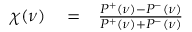
\begin{array} { r l r } { \chi ( \nu ) } & { { } = } & { \frac { P ^ { + } ( \nu ) - P ^ { - } ( \nu ) } { P ^ { + } ( \nu ) + P ^ { - } ( \nu ) } } \end{array}